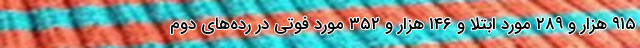
۹۱۵ هزار و ۲۸۹ مورد ابتلا و ۱۴۶ هزار و ۳۵۲ مورد فوتی در رده‌های دوم